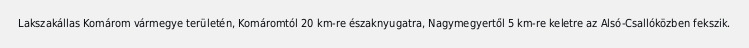
Lakszakállas Komárom vármegye területén, Komáromtól 20 km-re északnyugatra, Nagymegyertől 5 km-re keletre az Alsó-Csallóközben fekszik.